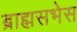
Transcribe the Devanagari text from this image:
ब्राह्मसभेस